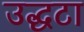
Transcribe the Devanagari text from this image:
उद्धटा